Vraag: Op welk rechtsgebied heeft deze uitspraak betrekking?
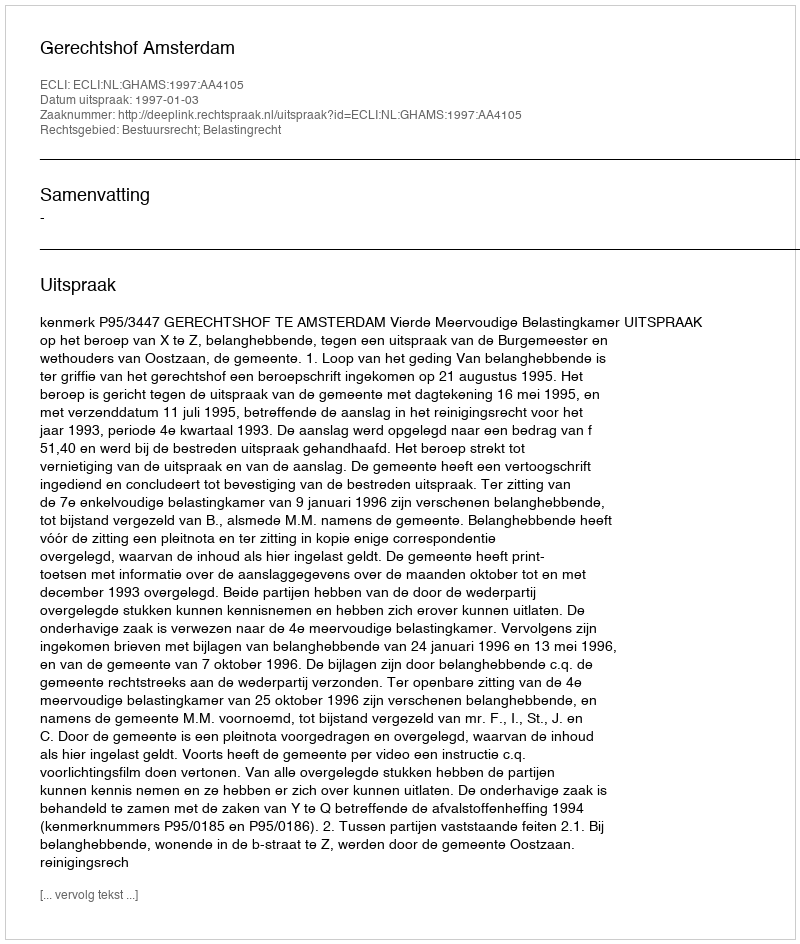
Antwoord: Bestuursrecht; Belastingrecht